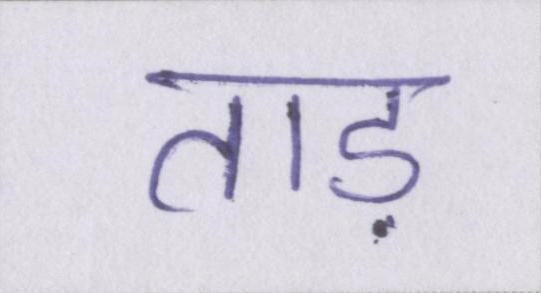
ताड़